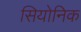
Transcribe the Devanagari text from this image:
सियोनिक